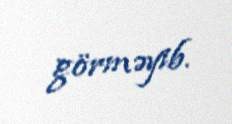
görməyib.